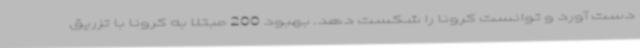
دست آورد و توانست کرونا را شکست دهد. بهبود 200 مبتلا به کرونا با تزریق